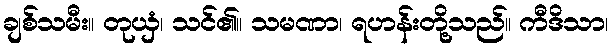
ချစ်သမီး။ တုယှံ၊ သင်၏။ သမဏာ၊ ရဟန်းတို့သည်။ ကီဒိသာ၊